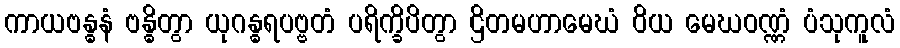
ကာယဗန္ဓနံ ဗန္ဓိတွာ ယုဂန္ဓရပဗ္ဗတံ ပရိက္ခိပိတွာ ဌိတမဟာမေဃံ ဝိယ မေဃဝဏ္ဏံ ပံသုကူလံ